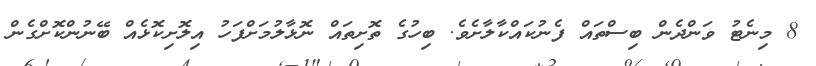
8 މިނެޓު ވަންދެން ބިސްތައް ފެނުކައްކާލާށެވެ. ބިހުގެ ތޮށިތައް ނޮޅާލުމަށްފަހު އިލޮށިކޮޅެއް ބޭނުންކޮށްގެން